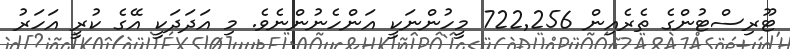
ޓޫރިސްޓުންގެ ތެރެއިން 722